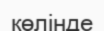
көлінде